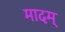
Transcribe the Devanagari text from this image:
मादम्